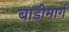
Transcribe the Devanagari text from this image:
बाड़ीमार्ग